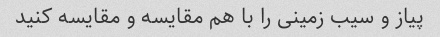
پیاز و سیب زمینی را با هم مقایسه و مقایسه کنید